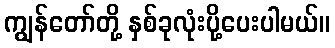
ကျွန်တော်တို့ နှစ်ခုလုံးပို့ပေးပါမယ်။